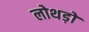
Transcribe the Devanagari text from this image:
लोथड़ों